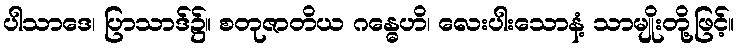
ပါသာဒေ၊ ပြာသာဒ်၌။ စတုဇာတိယ ဂန္ဓေဟိ၊ လေးပါးသောနံ့ သာမျိုးတို့ဖြင့်။